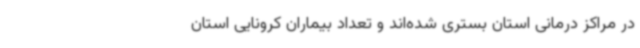
در مراکز درمانی استان بستری شده‌اند و تعداد بیماران کرونایی استان